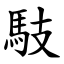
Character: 馶